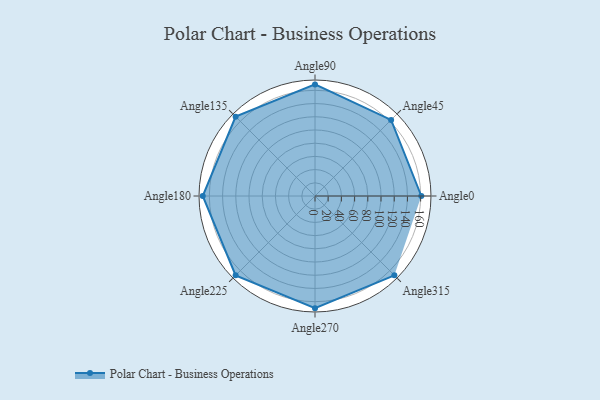
{"axis": {"x": "Angle", "y": "Radius"}, "legend": [""], "data": [{"x": "Angle0", "y": 161.0, "type": ""}, {"x": "Angle45", "y": 163.0, "type": ""}, {"x": "Angle90", "y": 169.0, "type": ""}, {"x": "Angle135", "y": 170, "type": ""}, {"x": "Angle180", "y": 170, "type": ""}, {"x": "Angle225", "y": 170, "type": ""}, {"x": "Angle270", "y": 170, "type": ""}, {"x": "Angle315", "y": 170, "type": ""}]}